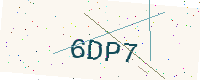
Text: 6DP7